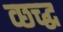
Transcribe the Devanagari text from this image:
व्छच्द्ध